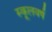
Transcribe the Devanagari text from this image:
स्कूलवर्ष